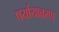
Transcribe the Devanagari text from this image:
पर्यायावरण